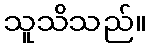
သူသိသည်။